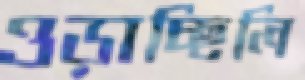
ওড়াচ্ছিলি